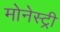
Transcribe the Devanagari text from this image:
मोनेस्‍ट्री